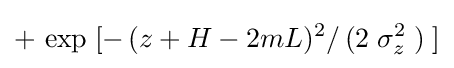
+\,\exp \;[-\,(z+H-2mL)^{2}/\,(2\;\sigma _{z}^{2}\;)\;]